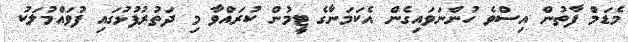
މެޑަމް ފާތުން އިސްވެ ހުންނަވައިގެން އެކަމަނާގެ ޓީމުން ކުރައްވާ މި ދަތުރުފުޅުގައި ފުވައްމުލަކު